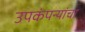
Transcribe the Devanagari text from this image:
उपकंपन्यांचा